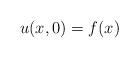
LaTeX: \begin{align*}u(x,0)=f(x)\end{align*}